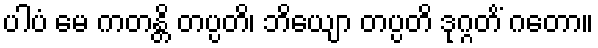
ပါပံ မေ ကတန္တိ တပ္ပတိ၊ ဘိယျော တပ္ပတိ ဒုဂ္ဂတိံ ဂတော။